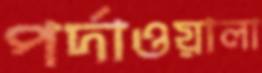
পর্দাওয়ালা